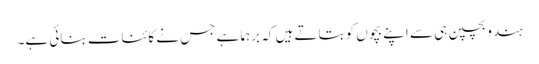
ہندو بچپن ہی سے اپنے بچوں کو بتاتے ہیں کہ برہما ہے جس نے کائنات بنائی ہے۔